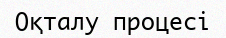
Оқталу процесі